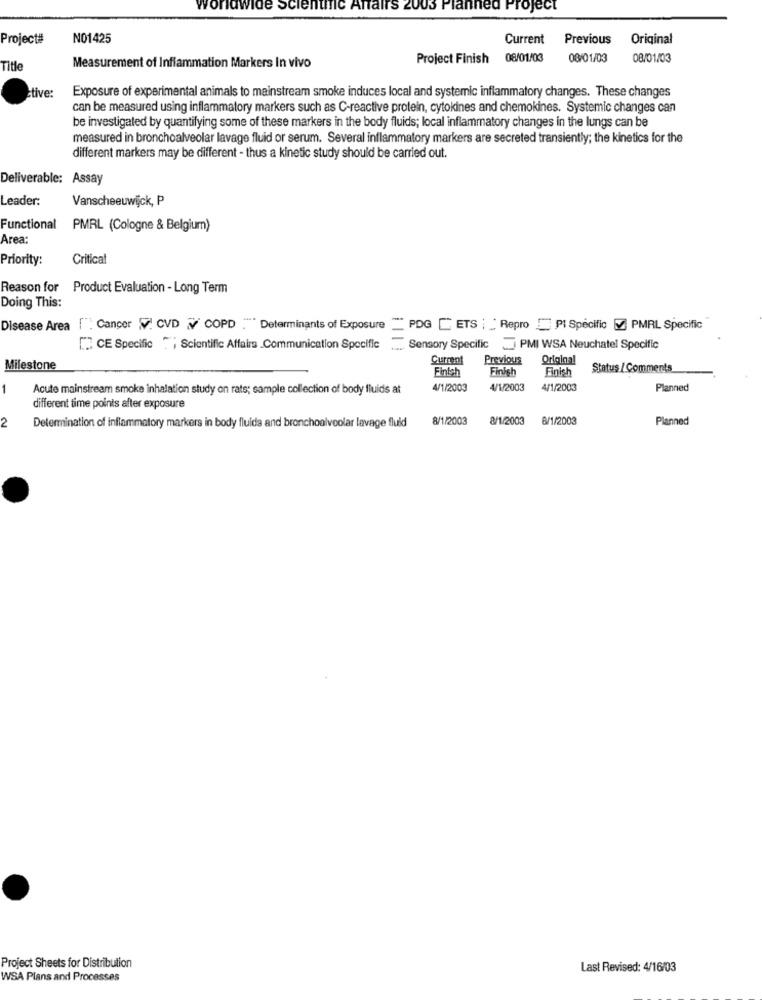
worldwide Scientific Antal
Planned Project
Project#
NO1425
Current
Previous
Original
Project Finish 08/01/03
08/01/03
08/01/03
Title
Measurement of Inflammation Markers In vivo
tive:
Exposure of experimental animals to mainstream smoke induces local and systemic inflammatory changes. These changes
can be measured using inflammatory markers such as C-reactive protein, cytokines and chemokines. Systemic changes can
be investigated by quantifying some of these markers in the body fluids; local inflammatory changes in the lungs can be
measured in bronchoalveolar lavage fluid or serum. Several inflammatory markers are secreted transiently; the kinetics for the
different markers may be different - thus a kinetic study should be carried out.
Deliverable: Assay
Leader:
Vanscheeuwijck, P
Functional
PMRL (Cologne & Belgium)
Area
Priority:
Critical
Reason for
Product Evaluation - Long Term
Doing This:
-
Disease Area |": Cancer V CVD & COPD ."Determinants of Exposure
PDG [ ETS | | Repro E PI Specific Z PMRL Specific
["CE Specific "; Scientific Affairs _Communication Specific
Sensory Specific _ PMI WSA Neuchatel Specific
Current
Previous
Original
Milestone
Finish
Finish
Finish
Status / Comments
-
Acute mainstream smoke inhalation study on rats; sample collection of body fluids at
4/1/2003
4/1/2003
4/1/2003
Planned
different time points after exposure
8/1/2003
8/1/2003
8/1/2003
Planned
2
Determination of inflammatory markers in body fluids and bronchoalveolar lavage fluid
Project Sheets for Distribution
Last Revised: 4/16/03
WSA Plans and Processes